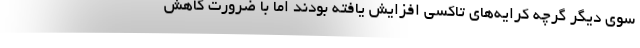
سوي ديگر گرچه كرايه‌هاي تاكسي افزايش يافته بودند اما با ضرورت كاهش